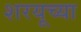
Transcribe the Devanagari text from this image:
शरयूच्या